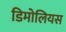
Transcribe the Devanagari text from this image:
डिमोलियस